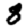
Digit: 8